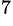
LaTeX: ^{7}